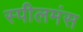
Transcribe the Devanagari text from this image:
स्पीलमंस